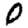
Digit: 0